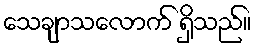
သေချာသလောက် ရှိသည်။